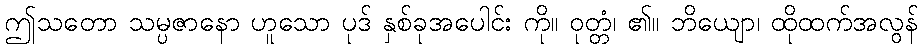
ဤသတော သမ္ပဇာနော ဟူသော ပုဒ် နှစ်ခုအပေါင်း ကို။ ဝုတ္တံ၊ ၏။ ဘိယျော၊ ထိုထက်အလွန်